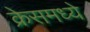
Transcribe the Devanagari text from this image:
क्रेसमध्ये